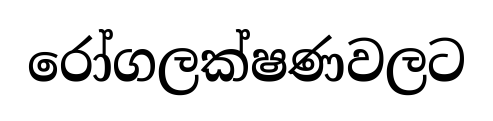
රෝගලක්ෂණවලට